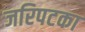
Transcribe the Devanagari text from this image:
जरिपटका